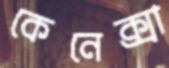
কেনেক্সা